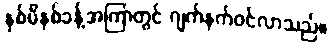
နှစ်မိနစ်ခန့်အကြာတွင် ဂျက်နက်ဝင်လာသည်။